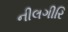
નીલગીરિ